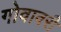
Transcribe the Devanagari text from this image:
गोवावरी